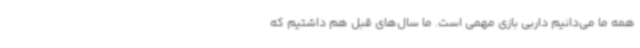
همه ما می‌دانیم داربی بازی مهمی است. ما سال‌های قبل هم داشتیم که